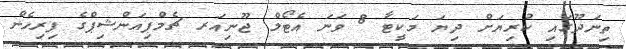
ތިނަދޫގައި ކުރިޔަށް ދިޔަ މަކީޓާ 8 ވަނަ އެޓޯލް ޖޫނިއަރ ޗެމްޕިއަންޝިޕްގެ ފިރިހެން